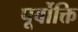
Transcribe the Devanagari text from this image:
पूर्वोक्ति